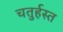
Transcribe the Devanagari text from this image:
चतुर्हस्त